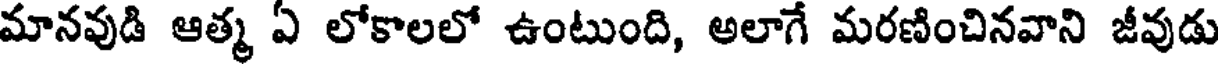
మానవుడి ఆత్మ ఏ లోకాలలో ఉంటుంది, అలాగే మరణించినవాని జీవుడు